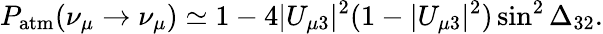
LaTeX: P_{\mathrm{atm}}(\nu_{\mu}\to\nu_{\mu})\simeq 1-4|U_{\mu 3}|^{2}(1-|U_{\mu 3}|^{2})\sin^{2}\Delta_{32}.